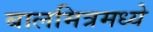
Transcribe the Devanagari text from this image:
बालमित्रमध्ये